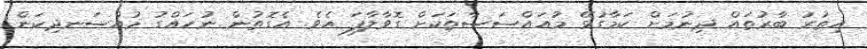
އިތުރު ބާރުތައް ދިނުމަށް ކަމާގުޅޭ މުއައްސަސާތަކަށް ގޮވާލާފަ އެވެ. އެގޮތުން ނުހައްގު މުއްސަނދިކަން